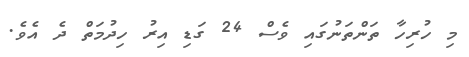
މި ހުރިހާ ތަންތަނުގައި ވެސް 24 ގަޑި އިރު ހިދުމަތް ދެ އެވެ.